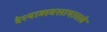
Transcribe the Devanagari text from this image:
वेश्याव्यवसायातले